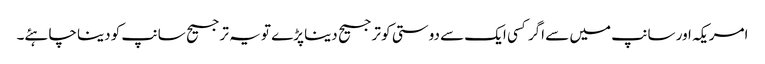
امریکہ اور سانپ میں سے اگر کسی ایک سے دوستی کو ترجیح دینا پڑے تو یہ ترجیح سانپ کو دینا چاہئے۔